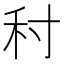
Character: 𡬟